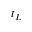
t _ { L }